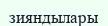
зияндылары